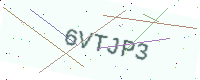
Text: 6VTJP3